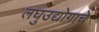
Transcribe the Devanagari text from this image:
लघुउद्योगाचे